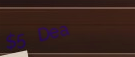
$5 Deal